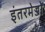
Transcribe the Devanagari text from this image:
इंतरमेज्जो